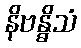
နိဗန္ဓိသံ